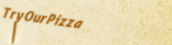
TryOurPizza